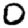
Digit: 0